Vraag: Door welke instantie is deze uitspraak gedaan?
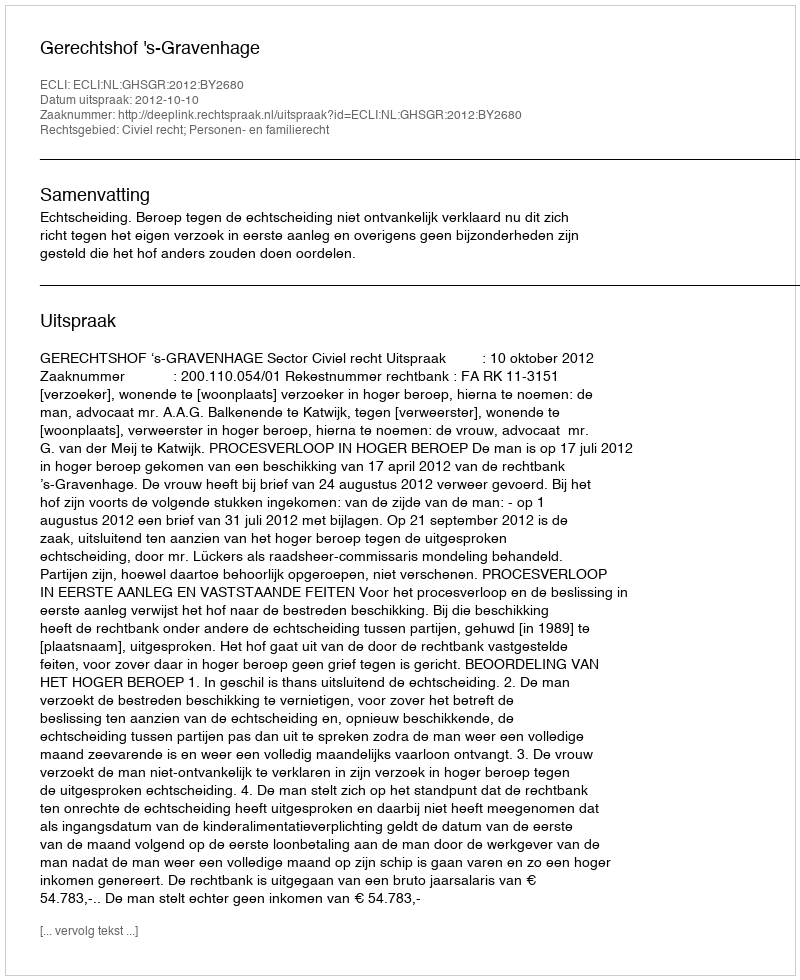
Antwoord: Gerechtshof 's-Gravenhage